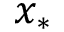
x _ { * }